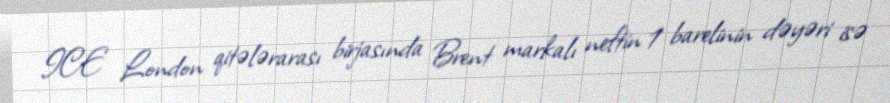
ICE London qitələrarası birjasında Brent markalı neftin 1 barelinin dəyəri isə